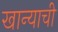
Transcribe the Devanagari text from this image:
खान्याची